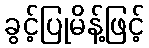
ခွင့်ပြုမိန့်ဖြင့်